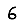
Digit: 6